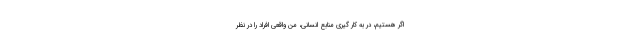
اگر هستیم، در به کار گیری منابع انسانی، من واقعی افراد را در نظر